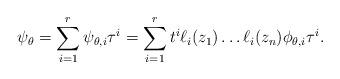
LaTeX: \begin{align*}\psi_{\theta}=\sum_{i=1}^r\psi_{\theta,i}\tau^i=\sum_{i=1}^rt^i\ell_i(z_1)\dots\ell_i(z_n)\phi_{\theta,i}\tau^i.\end{align*}